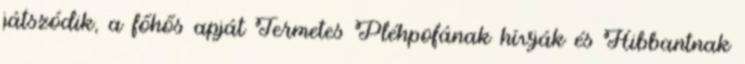
játszódik, a főhős apját Termetes Pléhpofának hívják és Hibbantnak